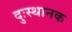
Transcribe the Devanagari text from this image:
दुःस्थानक